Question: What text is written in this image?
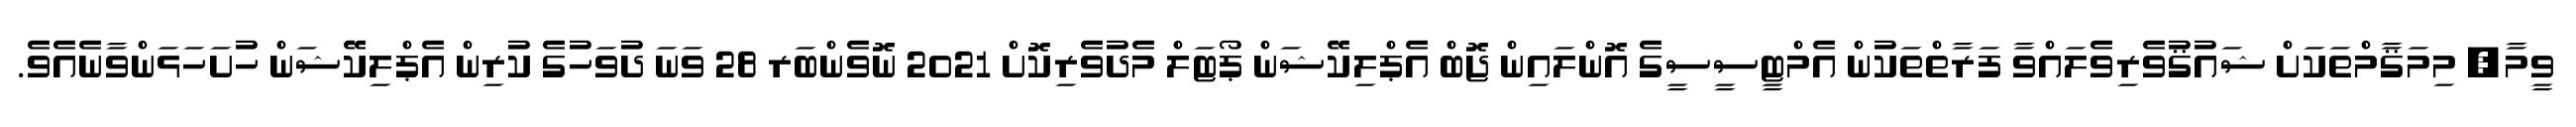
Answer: ވީމާ, މިމަޤާމްތަކަށް ޝައުޤުވެރިވެލައްވާ ފަރާތްތަކުން އެމްޓީސީސީގެ އޮންލައިން ޖޮބް އެޕްލިކޭޝަން ޕޯޓަލް މެދުވެރިކޮށް 2021 ނޮވެންބަރ 28 ވަނަ ދުވަހުގެ ކުރިން އެޕްލިކޭޝަން ހުށަހަޅަންވާނެއެވެ.